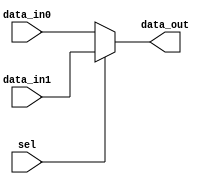
// SPDX-License-Identifier: Apache-2.0
// Copyright (C) 2019 Intel Corporation. All rights reserved
//****************************************************************************************
// (C) 2012 Altera Corporation. All rights reserved.
//
//****************************************************************************************
//*****************************************************************
// Description:
//
//*****************************************************************

module cfg_dprio_readdata_mux_mod 
#(
   parameter DATA_WIDTH      = 16  // Data width
 )
( 
input  wire                   sel,       // 1-hot selection input
input  wire [DATA_WIDTH-1:0]  data_in1,  // data input
input  wire [DATA_WIDTH-1:0]  data_in0,  // data input

output wire [DATA_WIDTH-1:0]  data_out   // data output
);

assign data_out = (sel == 1'b1) ? data_in1 : data_in0;

endmodule